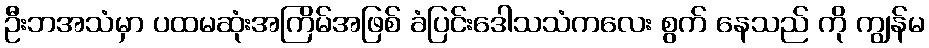
ဦးဘအသံမှာ ပထမဆုံးအကြိမ်အဖြစ် ခံပြင်းဒေါသသံကလေး စွက် နေသည် ကို ကျွန်မ